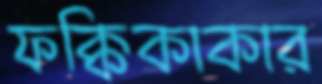
ফক্কিকাকার